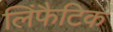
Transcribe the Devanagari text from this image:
लिंफैटिक